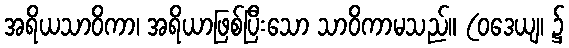
အရိယသာဝိကာ၊ အရိယာဖြစ်ပြီးသော သာဝိကာမသည်။ (ဝဒေယျ၊ ၌